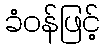
ခံဝန်ဖြင့်